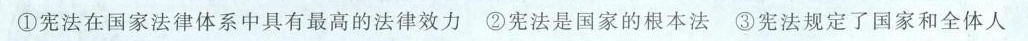
①宪法在国家法律体系中具有最高的法律效力 ②宪法是国家的根本法 ③宪法规定了国家和全体人